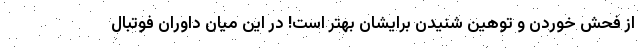
از فحش خوردن و توهین شنیدن برایشان بهتر است! در این میان داوران فوتبال